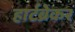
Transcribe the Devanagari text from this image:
हार्टब्रेकर